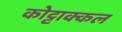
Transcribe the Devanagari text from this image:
कोट्टाक्कल